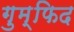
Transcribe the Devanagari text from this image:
गुम्फिद